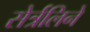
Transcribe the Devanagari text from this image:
सेर्त्रलिने